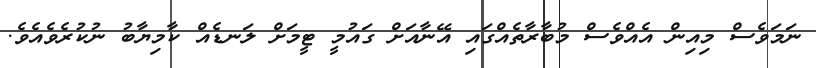
ނަމަވެސް މިއިން އެއްވެސް މުބާރާތެއްގައި އޭނާއަށް ގައުމީ ޓީމަށް ލަނޑެއްް ކާމިޔާބު ނުުކުރެވެއެވެ.